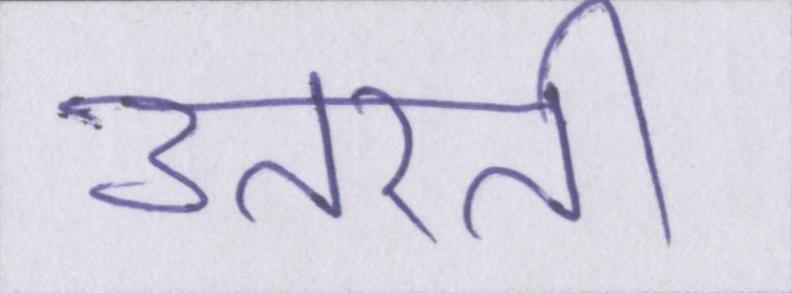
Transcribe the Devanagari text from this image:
उतरती